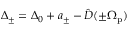
\Delta _ { \pm } = \Delta _ { 0 } + a _ { \pm } - \hat { D } ( \pm \Omega _ { \mathrm { p } } )